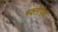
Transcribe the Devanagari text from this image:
भक्तीपेक्षा